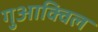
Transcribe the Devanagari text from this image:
गुआक्विल